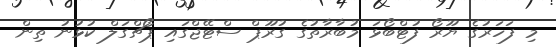
މި ފަހަރުގެ ޔޫރޯ ފުޓްބޯޅަ މުބާރާތުގެ ގުރޫޕް ސްޓޭޖްގައި ޕޯޗްގަލް ކުޅުނު ތިން